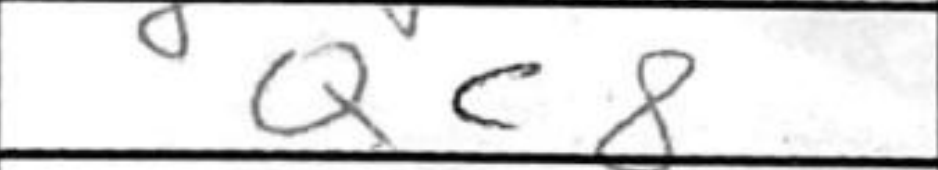
Transcription: Qc8